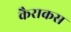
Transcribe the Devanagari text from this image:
कैराकस